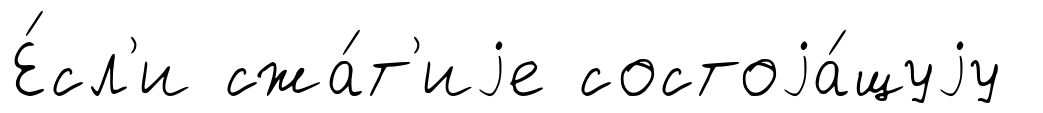
Е́сл'и сжа́т'иjе состоjа́щуjу